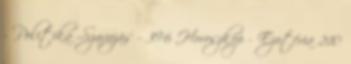
- Politika -Szavazás - 396 Horoszkóp - Ezotéria 210